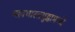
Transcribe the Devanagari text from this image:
महाभारतयुद्धामध्ये